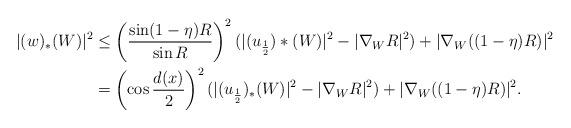
LaTeX: \begin{align*}|(w)_*(W)|^2 &\le \left(\frac{\sin(1-\eta)R}{\sin R} \right)^2 (|(u_{\frac{1}{2}})*(W)|^2 - |\nabla_W R|^2) + |\nabla_W ((1-\eta)R)|^2\\&= \left( \cos \frac{d(x)}{2}\right)^2 (|(u_{\frac{1}{2}})_*(W)|^2 - |\nabla_W R|^2) + |\nabla_W ((1-\eta)R)|^2.\end{align*}